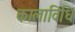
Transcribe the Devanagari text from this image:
कालाविधि